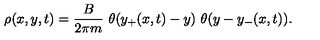
\rho ( x , y , t ) = { \frac { B } { 2 \pi m } } \ \theta ( y _ { + } ( x , t ) - y ) \ \theta ( y - y _ { - } ( x , t ) ) .